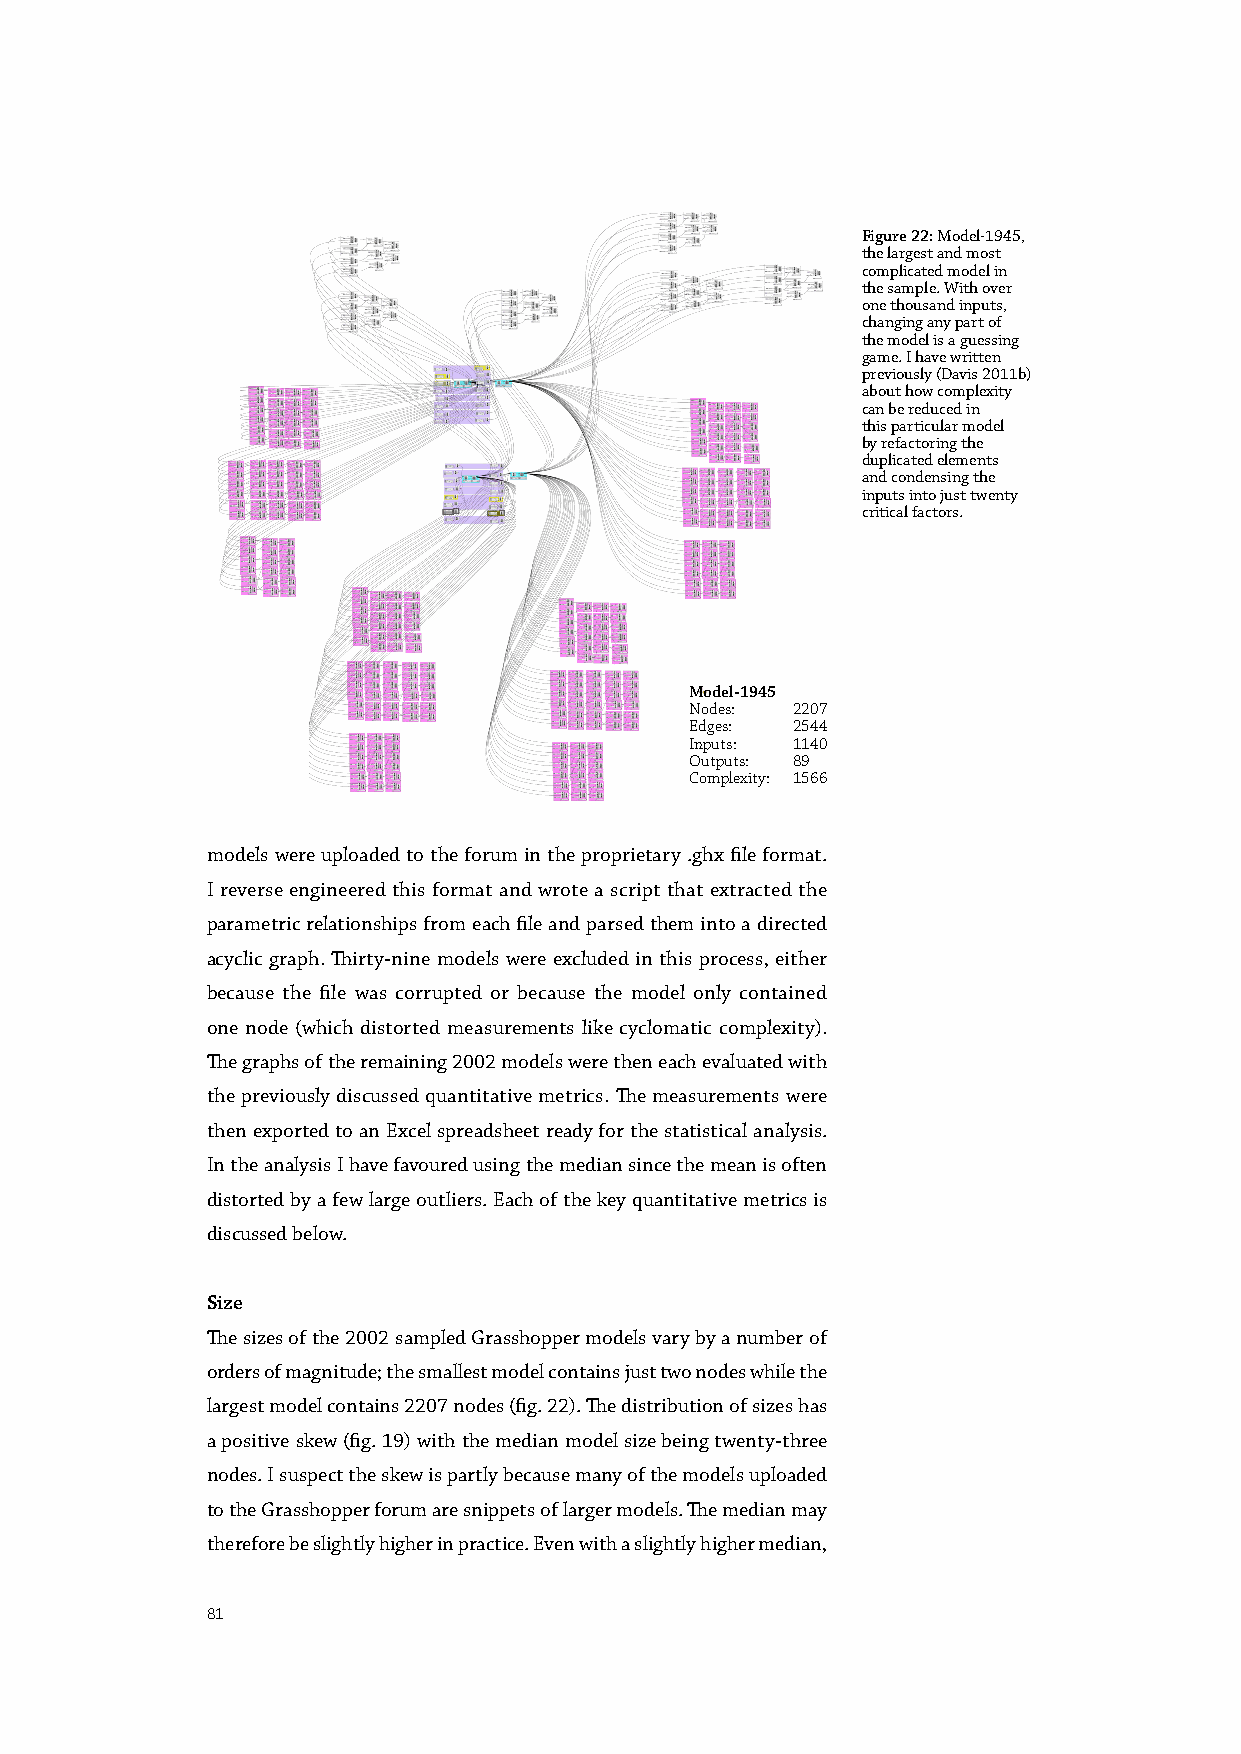
Figure 22: Model-1945,
 the largest and most
 complicated model in
 the sample. With over
 one thousand inputs,
 changing any part of
 the model is a guessing
 game. I have written
 previously (Davis 2011b)
 about how complexity
 can be reduced in
 this particular model
 by refactoring the
 duplicated elements
 and condensing the
 inputs into just twenty
 critical factors.
 Model-1945
 Nodes: 2207
 Edges: 2544
 Inputs: 1140
 Outputs: 89
 Complexity: 1566
 models were uploaded to the forum in the proprietary .ghx file format.
 I reverse engineered this format and wrote a script that extracted the
 parametric relationships from each file and parsed them into a directed
 acyclic graph. Thirty-nine models were excluded in this process, either
 because the file was corrupted or because the model only contained
 one node (which distorted measurements like cyclomatic complexity).
 The graphs of the remaining 2002 models were then each evaluated with
 the previously discussed quantitative metrics. The measurements were
 then exported to an Excel spreadsheet ready for the statistical analysis.
 In the analysis I have favoured using the median since the mean is often
 distorted by a few large outliers. Each of the key quantitative metrics is
 discussed below.
 Size
 The sizes of the 2002 sampled Grasshopper models vary by a number of
 orders of magnitude; the smallest model contains just two nodes while the
 largest model contains 2207 nodes (fig. 22). The distribution of sizes has
 a positive skew (fig. 19) with the median model size being twenty-three
 nodes. I suspect the skew is partly because many of the models uploaded
 to the Grasshopper forum are snippets of larger models. The median may
 therefore be slightly higher in practice. Even with a slightly higher median,
 81